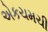
એકચમચી